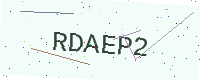
Text: RDAEP2